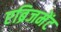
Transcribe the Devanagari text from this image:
एब्रिजमेंट